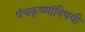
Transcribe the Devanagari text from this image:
पंचकृष्णांविषयी